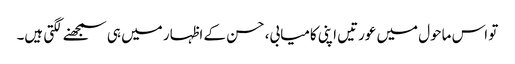
تو اس ماحول میں عورتیں اپنی کامیابی، حسن کے اظہار میں ہی سمجھنے لگتی ہیں۔